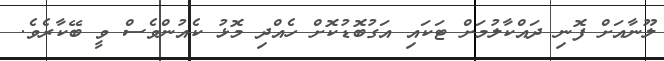
ލޫނާއަށް ފޮނި ދައްކާލުމަށް ޓަކައި އަގުބޮޑުކޮށް ހެއްދި މޮޅު ކެއުންވެސް ވީ ބޭކާރެވެ.